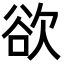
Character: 欲